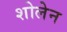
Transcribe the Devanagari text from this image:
शोलेन